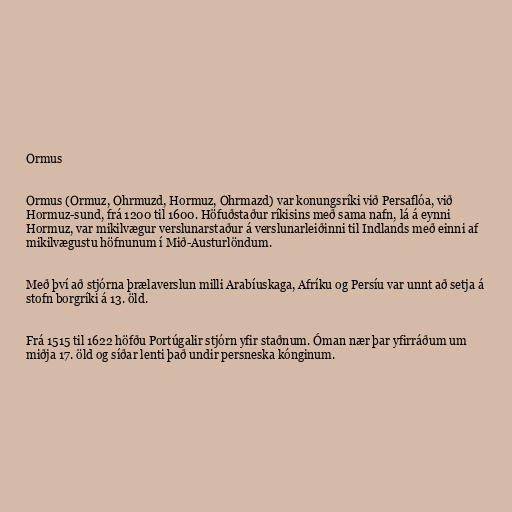
Ormus

Ormus (Ormuz, Ohrmuzd, Hormuz, Ohrmazd) var konungsríki við Persaflóa, við
Hormuz-sund, frá 1200 til 1600. Höfuðstaður ríkisins með sama nafn, lá á eynni
Hormuz, var mikilvægur verslunarstaður á verslunarleiðinni til Indlands með einni af
mikilvægustu höfnunum í Mið-Austurlöndum.

Með því að stjórna þrælaverslun milli Arabíuskaga, Afríku og Persíu var unnt að setja á
stofn borgríki á 13. öld.

Frá 1515 til 1622 höfðu Portúgalir stjórn yfir staðnum. Óman nær þar yfirráðum um
miðja 17. öld og síðar lenti það undir persneska kónginum.